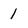
Character: 1